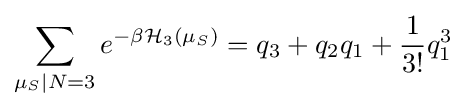
\sum _{\mu _{S}|N=3}e^{-\beta {\mathcal {H}}_{3}(\mu _{S})}=q_{3}+q_{2}q_{1}+{\frac {1}{3!}}q_{1}^{3}